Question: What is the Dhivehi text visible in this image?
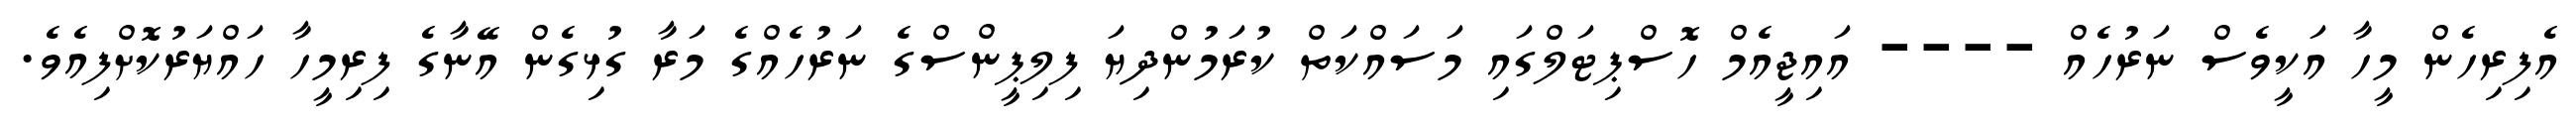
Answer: އެފިރިހެން މީހާ އަކީވެސް ނަރުހެއް ---- އައިޖީއެމް ހޮސްޕިޓަލްގައި މަސައްކަތް ކުރަމުންދިޔަ ފިލިޕީންސްގެ ނަރުހެއްގެ މަރާ ގުޅިގެން އޭނާގެ ފިރިމީހާ ހައްޔަރުކޮށްފިއެވެ.